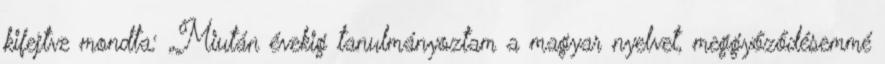
kifejtve mondta: „Miután évekig tanulmányoztam a magyar nyelvet, meggyőződésemmé